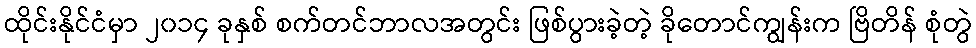
ထိုင်းနိုင်ငံမှာ ၂၀၁၄ ခုနှစ် စက်တင်ဘာလအတွင်း ဖြစ်ပွားခဲ့တဲ့ ခိုတောင်ကျွန်းက ဗြိတိန် စုံတွဲ